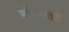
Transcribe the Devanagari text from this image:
जमिनदारांनी